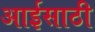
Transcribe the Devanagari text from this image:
आईसाठी